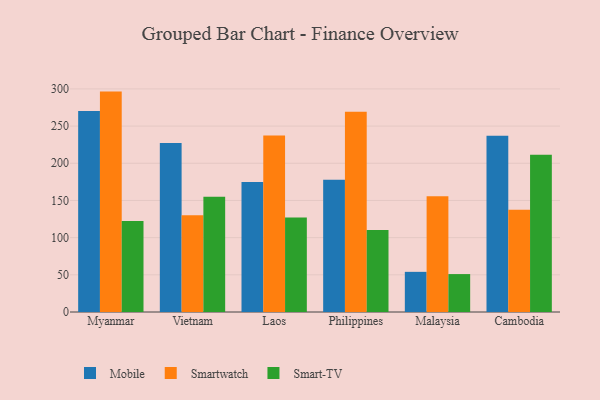
{"axis": {"x": "Country", "y": "Energy Usage (MWh)"}, "legend": ["Mobile", "Smart-TV", "Smartwatch"], "data": [{"x": "Myanmar", "y": 270.4, "type": "Mobile"}, {"x": "Myanmar", "y": 296.4, "type": "Smartwatch"}, {"x": "Myanmar", "y": 122.3, "type": "Smart-TV"}, {"x": "Vietnam", "y": 227.3, "type": "Mobile"}, {"x": "Vietnam", "y": 130.0, "type": "Smartwatch"}, {"x": "Vietnam", "y": 155.1, "type": "Smart-TV"}, {"x": "Laos", "y": 174.7, "type": "Mobile"}, {"x": "Laos", "y": 237.4, "type": "Smartwatch"}, {"x": "Laos", "y": 127.0, "type": "Smart-TV"}, {"x": "Philippines", "y": 178.0, "type": "Mobile"}, {"x": "Philippines", "y": 269.3, "type": "Smartwatch"}, {"x": "Philippines", "y": 110.3, "type": "Smart-TV"}, {"x": "Malaysia", "y": 54.0, "type": "Mobile"}, {"x": "Malaysia", "y": 155.6, "type": "Smartwatch"}, {"x": "Malaysia", "y": 51.0, "type": "Smart-TV"}, {"x": "Cambodia", "y": 236.9, "type": "Mobile"}, {"x": "Cambodia", "y": 137.6, "type": "Smartwatch"}, {"x": "Cambodia", "y": 211.4, "type": "Smart-TV"}]}